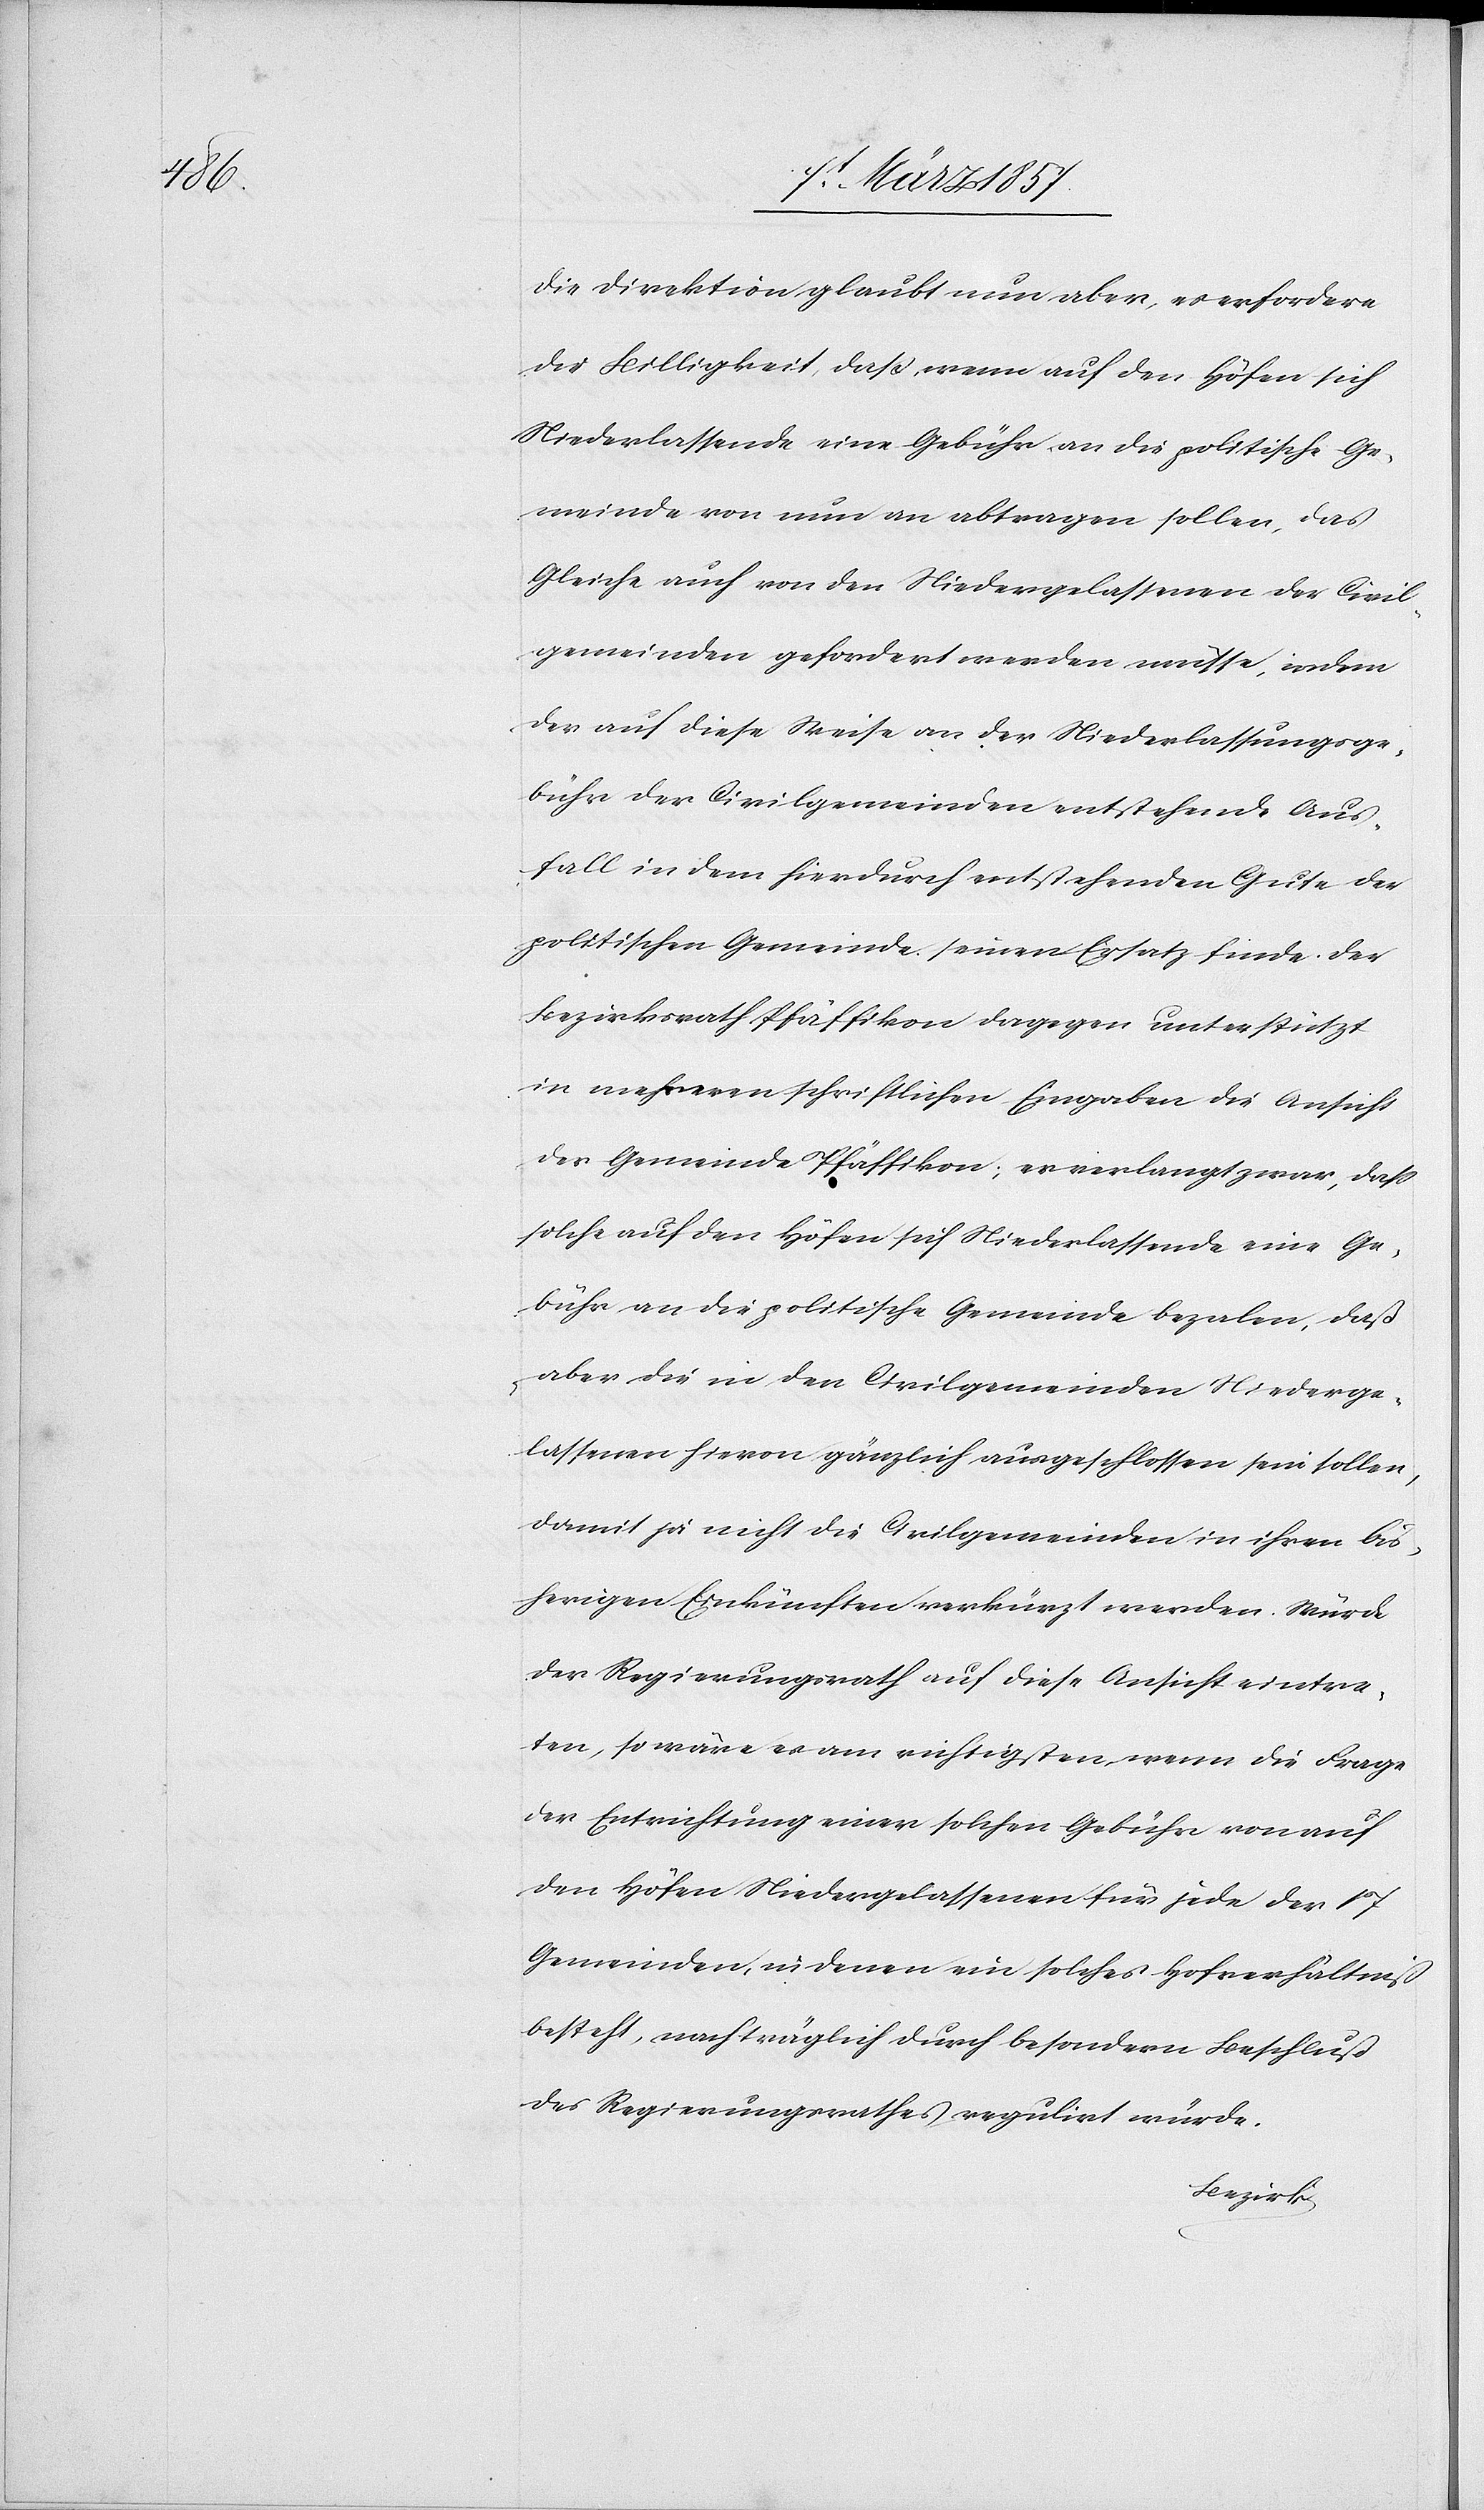
Die Direktion glaubt nun aber, es erfordere
die Billigkeit, daß, wenn auf den Höfen sich
Niederlassende eine Gebühr an die politische Ge¬
meinde von nun an abtragen sollen, das
Gleiche auch von den Niedergelassenen der Civil¬
gemeinden gefordert werden müsse, indem
der auf diese Weise an der Niederlassungsge¬
bühr der Civilgemeinden entstehende Aus¬
fall in dem hierdurch entstehenden Gute der
politischen Gemeinde seinen Ersatz finde. Der
Bezirksrath Pfäffikon dagegen unterstützt
in mehreren schriftlichen Eingaben die Ansicht
der Gemeinde Pfäffikon, es verlangt zwar, daß
solche auf den Höfen sich Niederlassende eine Ge¬
bühr an die politische Gemeinde bezalen, daß
aber die in den Civilgemeinden Niederge¬
lassenen hievon gänzlich ausgeschlossen sein sollen,
damit ja nicht die Civilgemeinden in ihren bis¬
herigen Einkünften verkürzt werden. Würde
der Regierungsrath auf diese Ansicht eintre¬
ten, so wäre es am richtigsten, wenn die Frage
der Entrichtung einer solchen Gebühr von auf
den Höfen Niedergelassenen für jede der 17
Gemeinden, in denen ein solches Hofverhältniß
besteht, nachträglich durch besondern Beschluß
des Regierungsrathes regulirt würde.